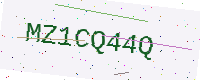
Text: MZ1CQ44Q